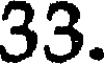
33.